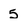
Character: 5